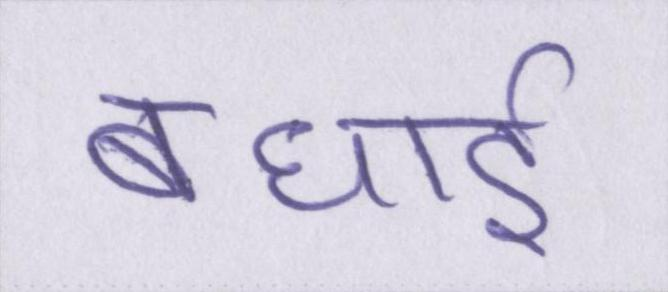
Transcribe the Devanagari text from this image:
बधाई